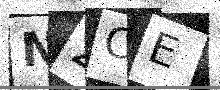
Text: N2CE